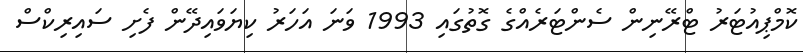
ކޮމްޕިއުޓަރު ޓްރޭނިން ސެންޓަރެއްގެ ގޮތުގައި 1993 ވަނަ އަހަރު ކިޔަވައިދޭން ފެށި ސައިރިކްސް